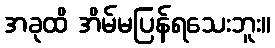
အခုထိ အိမ်မပြန်ရသေးဘူး။